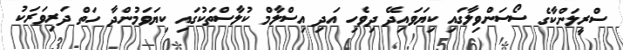
ސްރީލަންކާގެ ސޯސަންވިލާގައި ކިޔަވައިދޭ ދިވެހި އަދި އިސްލާމް ކުލާސްތަކުގައި ކިޔަވަމުންދާ ހަތް ދަރިވަރަކު